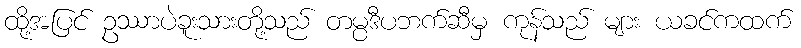
ထို့အပြင် ဥဿာပဲခူးသားတို့သည် တမ္ပဒီပဘက်ဆီမှ ကုန်သည် များ ယခင်ကထက်